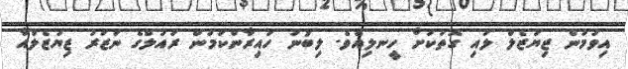
އިވުމުން ޒިޔަޒެލް ލުއި ގޮތަކަށް ހީނލިއެވެ. ލިބުނު ހައިރާންކަމުން ރައުލްގެ ނަޒަރު ޒިޔަޒެލްއާ